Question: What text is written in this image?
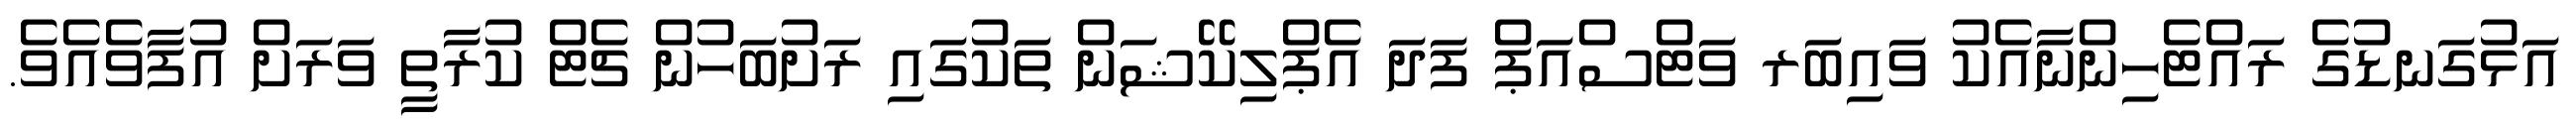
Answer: އަޅުގަނޑުގެ ރައްޓެހިންނާއެކު ވައިބަރ ވަޓްސްއަޕް ފަދަ އެޕްލިކޭޝަން ތަކުގައި ރަށުބަހުން ޗެޓް ކުރާތީ ވަރަށް އުފާވެއެވެ.